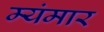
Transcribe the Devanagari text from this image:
म्यंमार